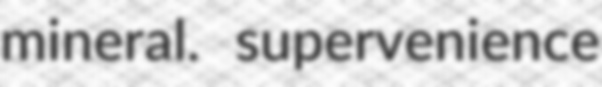
mineral. supervenience